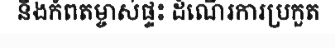
និងកំពតម្ចាស់ផ្ទះ ដំណើរការប្រកួត